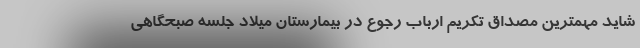
شايد مهمترين مصداق تكريم ارباب رجوع در بيمارستان ميلاد جلسه صبحگاهي